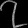
Digit: ၇